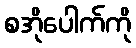
စအိုပေါက်ကို